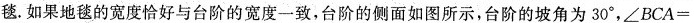
毯。如果地毯的宽度恰好与台阶的宽度一致，台阶的侧面如图所示，台阶的坡角为30°，$$∠ B C A =